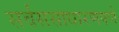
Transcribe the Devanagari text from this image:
सर्वससाधारणपणे